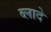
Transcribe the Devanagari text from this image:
व्लादे